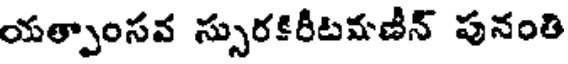
యత్పాంసవ స్సురకిరీటమణీన్ పునంతి